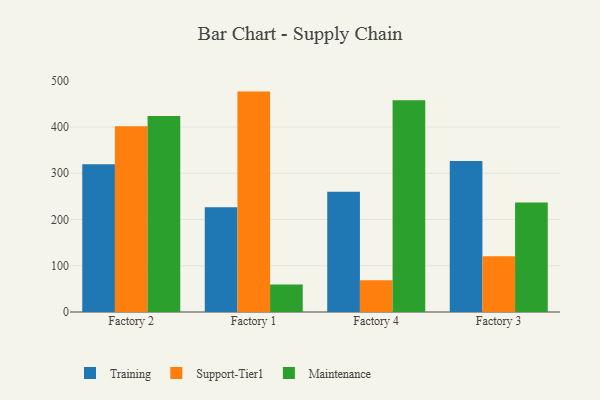
{"axis": {"x": "Factory", "y": "Website Visitors"}, "legend": ["Maintenance", "Support-Tier1", "Training"], "data": [{"x": "Factory 2", "y": 319.6, "type": "Training"}, {"x": "Factory 2", "y": 401.5, "type": "Support-Tier1"}, {"x": "Factory 2", "y": 423.6, "type": "Maintenance"}, {"x": "Factory 1", "y": 226.6, "type": "Training"}, {"x": "Factory 1", "y": 476.5, "type": "Support-Tier1"}, {"x": "Factory 1", "y": 59.2, "type": "Maintenance"}, {"x": "Factory 4", "y": 260.1, "type": "Training"}, {"x": "Factory 4", "y": 68.5, "type": "Support-Tier1"}, {"x": "Factory 4", "y": 457.6, "type": "Maintenance"}, {"x": "Factory 3", "y": 326.2, "type": "Training"}, {"x": "Factory 3", "y": 120.3, "type": "Support-Tier1"}, {"x": "Factory 3", "y": 236.9, "type": "Maintenance"}]}